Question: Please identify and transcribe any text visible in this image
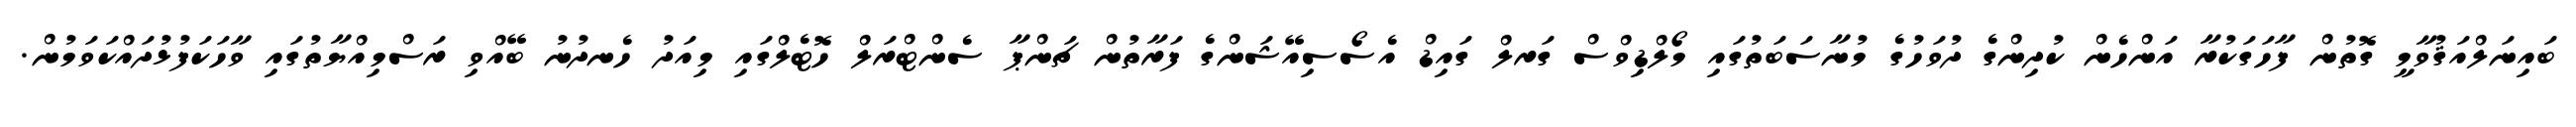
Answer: ބައިނަލްއަޤުވާމީ ގޮތުން ފާހަގަކުރާ އަންހެން ކުދިންގެ ދުވަހުގެ މުނާސަބަތުގައި މޯލްޑިވްސް ގަރލް ގައިޑް އެސޯސިއޭޝަންގެ ފަރާތުން ޗަންޕާ ސެންޓްރަލް ހޮޓެލްގައި މިއަދު ހެނދުނު ބޭއްވި ރަސްމިއްޔާތުގައި ވާހަކަފުޅުދައްކަވަމުން.